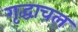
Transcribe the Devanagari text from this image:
गृद्धाचल